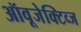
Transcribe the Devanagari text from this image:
ऑवूजेक्टिव्ज